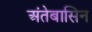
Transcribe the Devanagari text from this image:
अंतेबासिन